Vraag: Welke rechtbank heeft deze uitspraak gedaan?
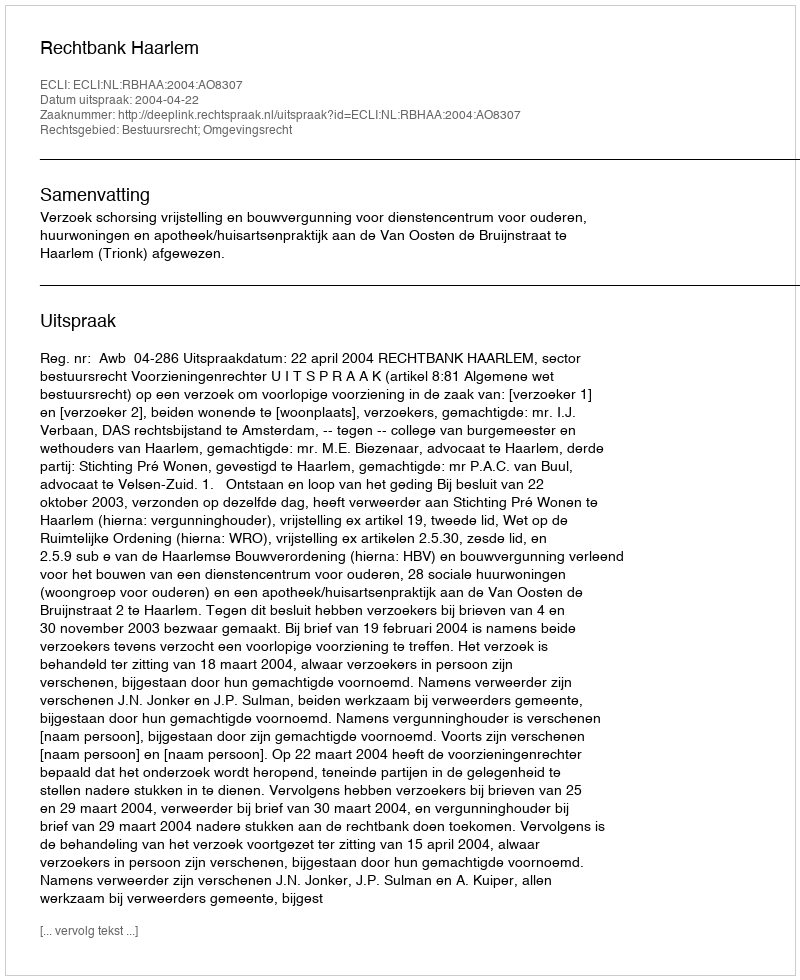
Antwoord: Rechtbank Haarlem